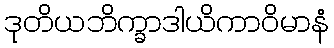
ဒုတိယဘိက္ခာဒါယိကာဝိမာနံ